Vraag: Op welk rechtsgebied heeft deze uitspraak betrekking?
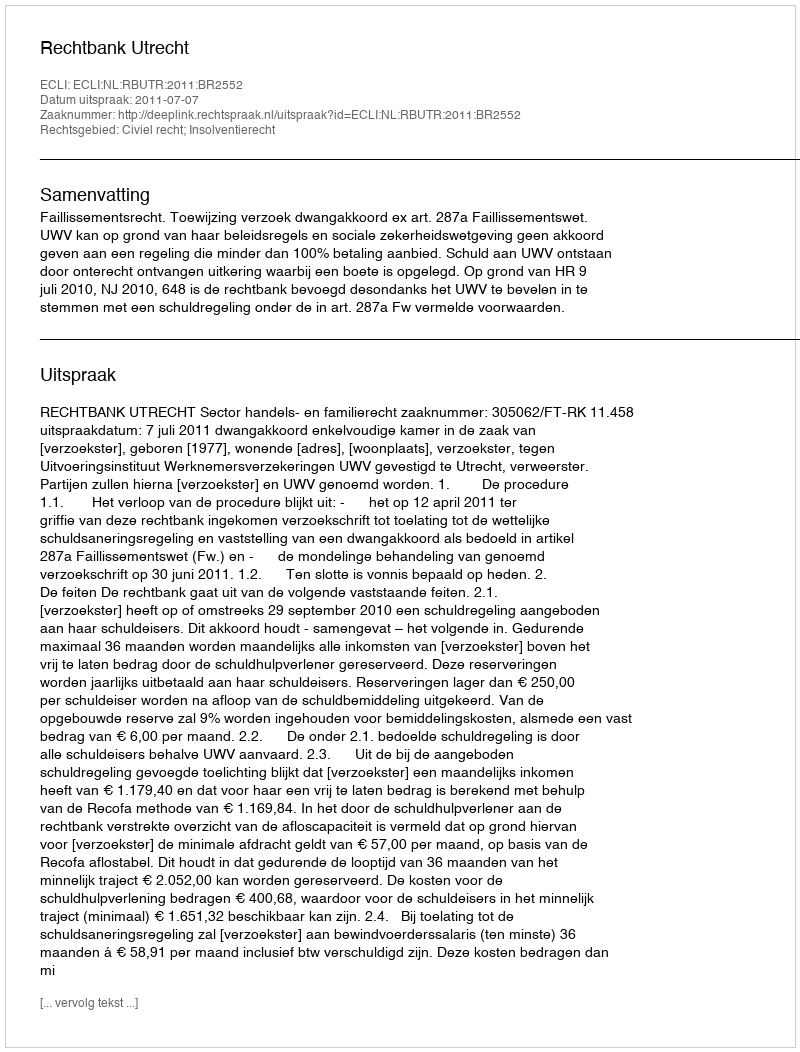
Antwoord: Civiel recht; Insolventierecht